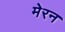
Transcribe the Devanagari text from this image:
मेरन